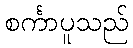
စင်္ကာပူသည်